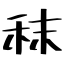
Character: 秣